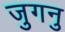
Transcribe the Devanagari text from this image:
जुगनु